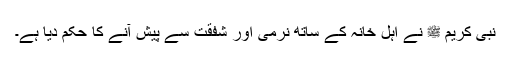
نبی کریم ﷺْ نے اہلِ خانہ کے ساتھ نرمی اور شفقت سے پیش آنے کا حکم دیا ہے۔